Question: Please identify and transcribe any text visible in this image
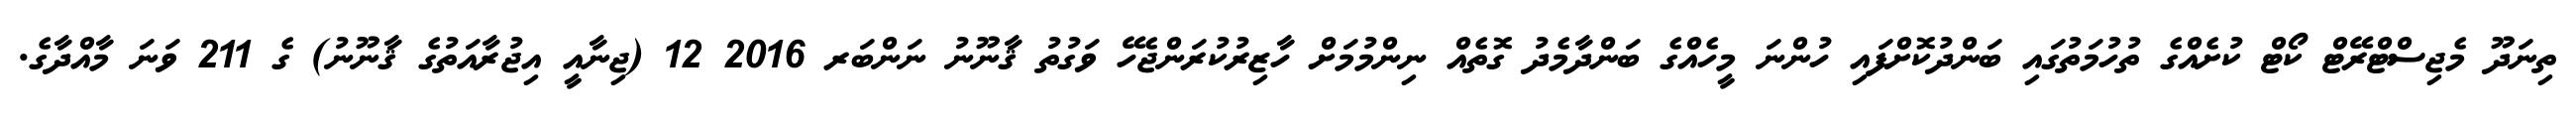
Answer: ތިނަދޫ މެޖިސްޓްރޭޓް ކޯޓް ކުށެއްގެ ތުހުމަތުގައި ބަންދުކޮށްފައި ހުންނަ މީހެއްގެ ބަންދާމެދު ގޮތެއް ނިންމުމަށް ހާޒިރުކުރަންޖެހޭ ވަގުތު ޤާނޫނު ނަންބަރ 2016 12 (ޖިނާއީ އިޖުރާއަތުގެ ޤާނޫނު) ގެ 211 ވަނަ މާއްދާގެ.